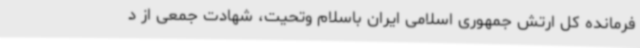
فرمانده کل ارتش جمهوری اسلامی ایران باسلام وتحیت، شهادت جمعی از د